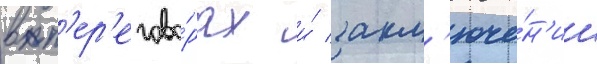
в п'ер'егово́рах и́ закл'юче́н'ии